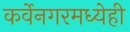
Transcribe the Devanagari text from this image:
कर्वेनगरमध्येही